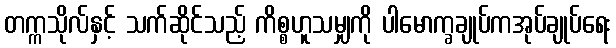
တက္ကသိုလ်နှင့် သက်ဆိုင်သည့် ကိစ္စဟူသမျှကို ပါမောက္ခချုပ်ကအုပ်ချုပ်ရေး